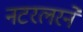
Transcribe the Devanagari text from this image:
नटरलरने